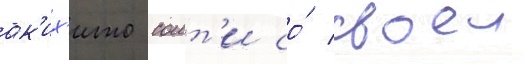
ак'их'ито соит'и со́ своеи